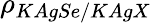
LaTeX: \rho_{KAgSe/KAgX}